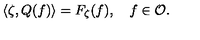
\langle \zeta , Q ( f ) \rangle = F _ { \zeta } ( f ) , \quad f \in { \cal O } .